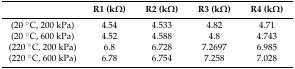
<table><thead><tr><td></td><td><b>R1 (kΩ)</b></td><td><b>R2 (kΩ)</b></td><td><b>R3 (kΩ)</b></td><td><b>R4 (kΩ)</b></td></tr></thead><tbody><tr><td>(20 °C, 200 kPa)</td><td>4.54</td><td>4.533</td><td>4.82</td><td>4.71</td></tr><tr><td>(20 °C, 600 kPa)</td><td>4.52</td><td>4.588</td><td>4.8</td><td>4.743</td></tr><tr><td>(220 °C, 200 kPa)</td><td>6.8</td><td>6.728</td><td>7.2697</td><td>6.985</td></tr><tr><td>(220 °C, 600 kPa)</td><td>6.78</td><td>6.754</td><td>7.258</td><td>7.028</td></tr></tbody></table>